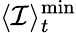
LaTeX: \langle\mathcal{I}\rangle_{t}^{\mathrm{{min}}}